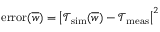
\mathrm { e r r o r } ( \overline { { w } } ) = \left| \mathcal { T } _ { \mathrm { s i m } } ( \overline { { w } } ) - \mathcal { T } _ { \mathrm { m e a s } } \right| ^ { 2 }